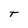
Character: T